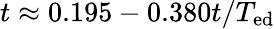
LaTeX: t\approx 0.195-0.380t/T_{\textrm{ed}}